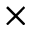
\times